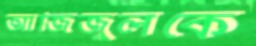
আজিজুলকে